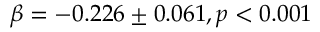
\beta = - 0 . 2 2 6 \pm 0 . 0 6 1 , p < 0 . 0 0 1